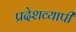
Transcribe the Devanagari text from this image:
प्रदेशव्यापी